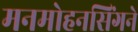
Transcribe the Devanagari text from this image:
मनमोहनसिंगने